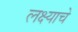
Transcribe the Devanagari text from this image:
लक्ष्याचे